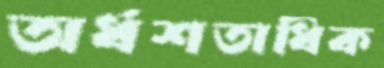
অর্ধশতাধিক